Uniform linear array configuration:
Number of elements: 48
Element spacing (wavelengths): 0.75
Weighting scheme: kaiser
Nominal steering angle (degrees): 15
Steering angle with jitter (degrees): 13.415
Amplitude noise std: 0.05
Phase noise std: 0.05

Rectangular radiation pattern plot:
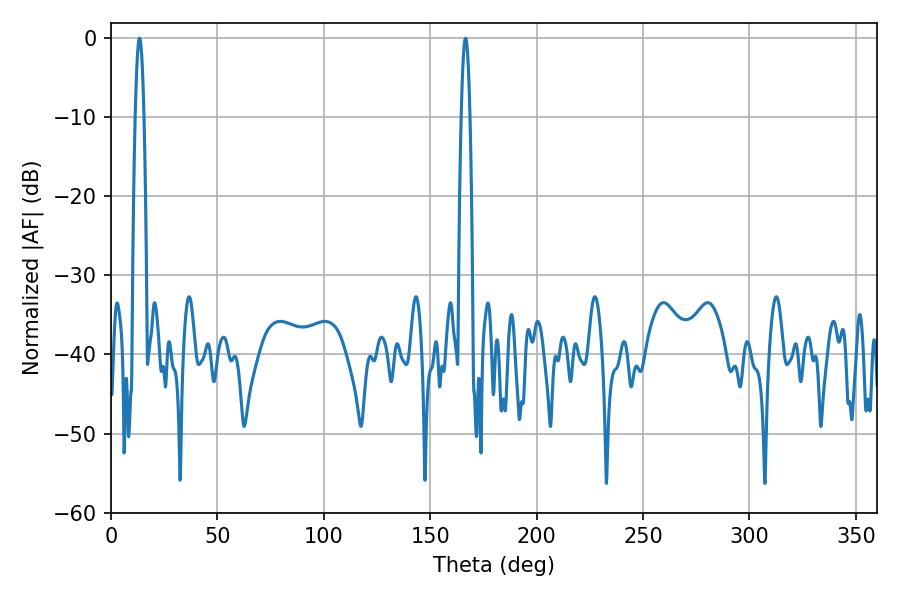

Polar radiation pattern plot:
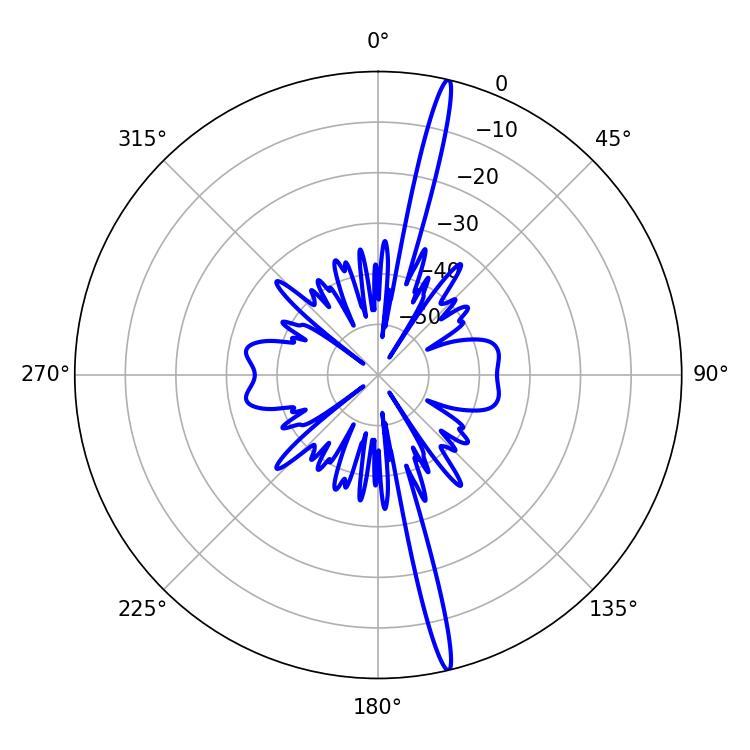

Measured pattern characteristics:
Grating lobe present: TRUE
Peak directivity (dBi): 20.006
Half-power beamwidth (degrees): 2.34
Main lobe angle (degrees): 13.32